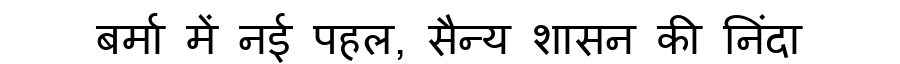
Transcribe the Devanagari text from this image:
बर्मा में नई पहल, सैन्य शासन की निंदा